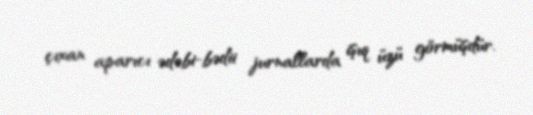
çıxan aparıcı ədəbi-bədii jurnallarda işıq üzü görmüşdür.